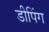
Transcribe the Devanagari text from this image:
डीपिंग